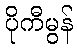
ပိုကီမွန်